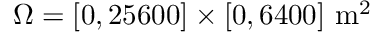
\Omega = [ 0 , 2 5 6 0 0 ] \times [ 0 , 6 4 0 0 ] ~ \mathrm { m } ^ { 2 }